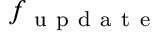
f _ { \mathrm { ~ u ~ p ~ d ~ a ~ t ~ e ~ } }